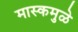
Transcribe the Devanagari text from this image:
मास्कमुळे